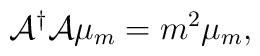
{\cal A}^{\dagger} {\cal A} \mu_{m} = m^2 \mu_{m},